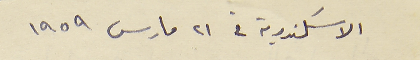
الاسكندرية في ٢١ مارس ١٩٥٥